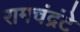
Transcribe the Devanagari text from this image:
रामचंद्रंटे